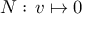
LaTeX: N : \, v \mapsto 0